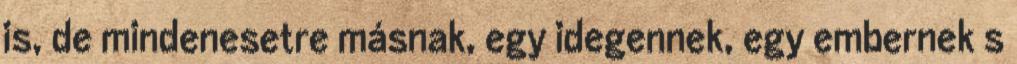
is, de mindenesetre másnak, egy idegennek, egy embernek s